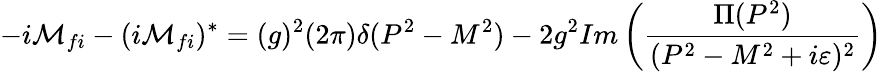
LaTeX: -i{\cal M}_{fi}-(i{\cal M}_{fi})^{*}=(g)^{2}(2\pi)\delta(P^{2}-M^{2})-2g^{2}Im\left({{\frac{\Pi(P^{2})}{(P^{2}-M^{2}+i\varepsilon)^{2}}}}\right)